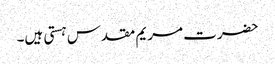
حضرت مریم مقدس ہستی ہیں۔